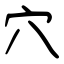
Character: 穴